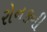
રોનકની